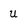
Character: u